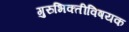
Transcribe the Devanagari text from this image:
गुरुभिक्तीविषयक